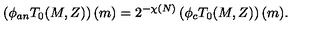
\left( \phi _ { a n } T _ { 0 } ( M , Z ) \right) ( m ) = 2 ^ { - \chi ( N ) } \left( \phi _ { c } T _ { 0 } ( M , Z ) \right) ( m ) .